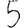
Digit: 5